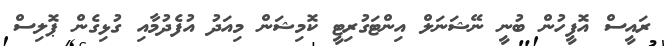
ރައީސް އޮފީހުން ބުނީ ނޭޝަނަލް އިންޓަގުރިޓީ ކޮމިޝަން މިއަދު އުފެދުމާއި ގުޅިގެން ޕޮލިސް